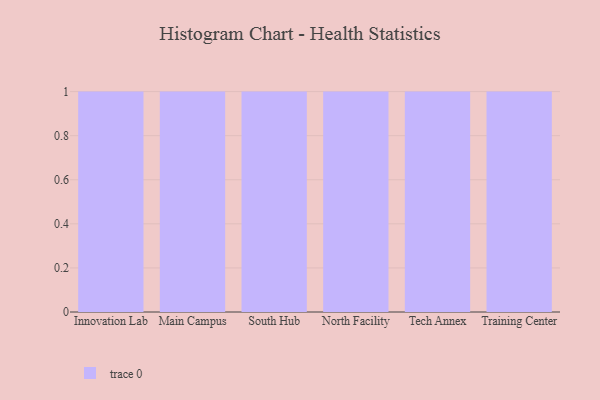
{"axis": {"x": "Campus", "y": "Latency (ms)"}, "legend": [""], "data": [{"x": "Innovation Lab", "y": 19, "type": ""}, {"x": "Main Campus", "y": 98, "type": ""}, {"x": "South Hub", "y": 63, "type": ""}, {"x": "North Facility", "y": 20, "type": ""}, {"x": "Tech Annex", "y": 74, "type": ""}, {"x": "Training Center", "y": 39, "type": ""}]}